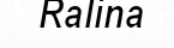
Ralina